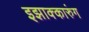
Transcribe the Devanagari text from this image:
इझाक्कारुंग